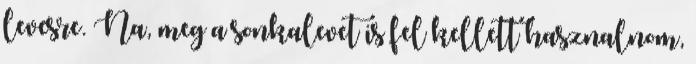
levesre. Na, meg a sonkalevet is fel kellett hasznalnom,